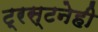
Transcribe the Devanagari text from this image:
ट्रस्टनेही